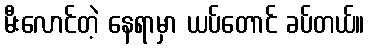
မီးလောင်တဲ့ နေရာမှာ ယပ်တောင် ခပ်တယ်။